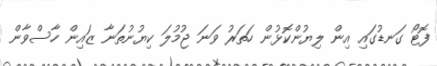
ފޮޓޯ ގަނޑުގައި އިން ލިޔުންކޮޅުން ހަތަރު ވަނަ ޖުމުލަ ކިޔުނުތަނާ ޒައިން ހާސްވާން